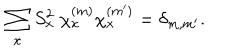
\sum _ { x } S _ { x } ^ { 2 } \ \chi _ { x } ^ { ( m ) } \chi _ { x } ^ { ( m ^ { \prime } ) } = \delta _ { m , m ^ { \prime } } .